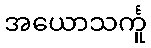
အယောသင်္ကူ